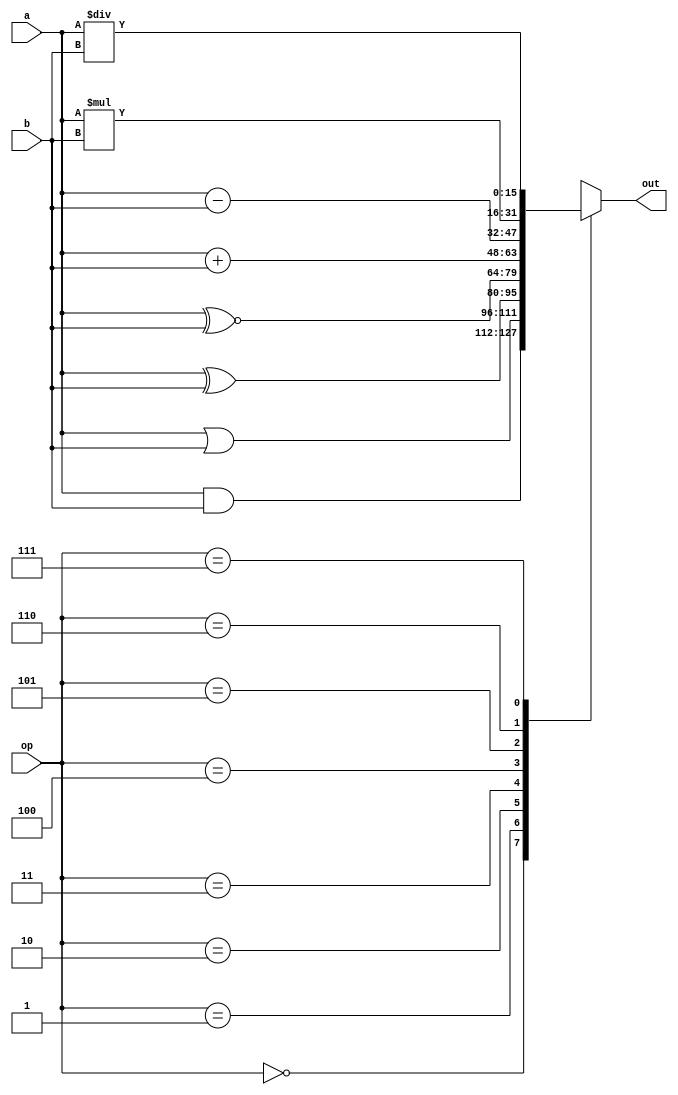
`timescale 1ns / 1ps
//////////////////////////////////////////////////////////////////////////////////
// Company: 
// Engineer: 
// 
// Design Name: 
// Module Name:    aluu 
// Project Name: 
// Target Devices: 
// Tool versions: 
// Description: 
//
// Dependencies: 
//
// Revision: 
// Revision 0.01 - File Created
// Additional Comments: 
//
//////////////////////////////////////////////////////////////////////////////////
module aluu(a,b,op,out
    );
input [15:0] a,b;
input [2:0] op;
output reg [15:0] out;
always@(*)
begin 
case(op)
15'b000:out=a&b;
15'b001:out=a|b;
15'b010:out=a^b;
15'b011:out=a~^b;
15'b100:out=a+b;
15'b101:out=a-b;
15'b110:out=a*b;
15'b111:out=a/b;
default:out=0;
endcase
end

endmodule